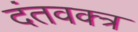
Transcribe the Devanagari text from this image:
दंतवक्त्र